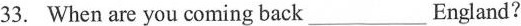
33. When are you coming back ___ England?